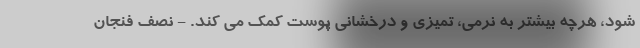
شود، هرچه بیشتر به نرمی، تمیزی و درخشانی پوست کمک می کند. - نصف فنجان